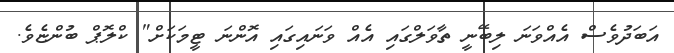
އަބަދުވެސް އެއްވަނަ ލިބޭނީ ތާވަލްގައި އެއް ވަނައިގައި އޮންނަ ޓީމަކަށް" ކްލޮޕް ބުންޏެވެ.